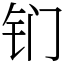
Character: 钔